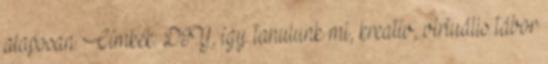
alaposan. Címkék: DIY, így tanulunk mi, kreatív, virtuális tábor